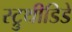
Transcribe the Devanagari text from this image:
स्ट्रुथीडिडे